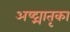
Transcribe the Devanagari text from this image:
अष्ट्मातृका